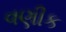
વણીક